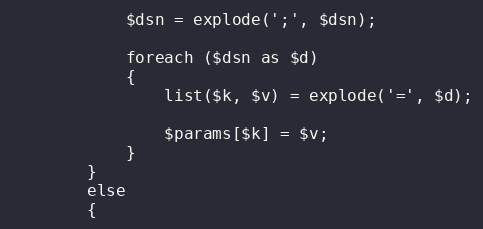
Language: PHP
			$dsn = explode(';', $dsn);

			foreach ($dsn as $d)
			{
				list($k, $v) = explode('=', $d);

				$params[$k] = $v;
			}
		}
		else
		{